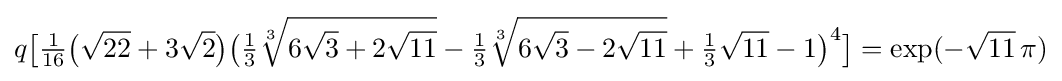
q{\bigl [}{\tfrac {1}{16}}{\bigl (}{\sqrt {22}}+3{\sqrt {2}}{\bigr )}{\bigl (}{\tfrac {1}{3}}{\sqrt[{3}]{6{\sqrt {3}}+2{\sqrt {11}}}}-{\tfrac {1}{3}}{\sqrt[{3}]{6{\sqrt {3}}-2{\sqrt {11}}}}+{\tfrac {1}{3}}{\sqrt {11}}-1{\bigr )}^{4}{\bigr ]}=\exp(-{\sqrt {11}}\,\pi )